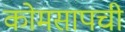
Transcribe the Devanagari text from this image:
कोमसापची